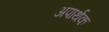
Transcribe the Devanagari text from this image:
अपार्थक